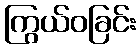
ကြွယ်ဝခြင်း